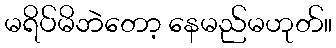
မရိပ်မိဘဲတော့ နေမည်မဟုတ်။